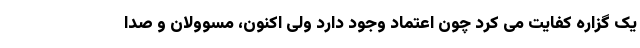
یک گزاره کفایت می کرد چون اعتماد وجود دارد ولی اکنون، مسوولان و صدا